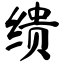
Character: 缋